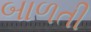
બાળતી